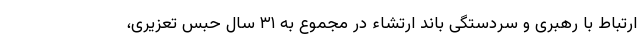
ارتباط با رهبری و سردستگی باند ارتشاء در مجموع به ۳۱ سال حبس تعزیری،